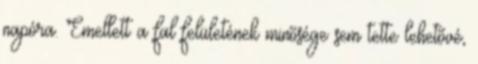
napóra. Emellett a fal felületének minõsége sem tette lehetõvé,